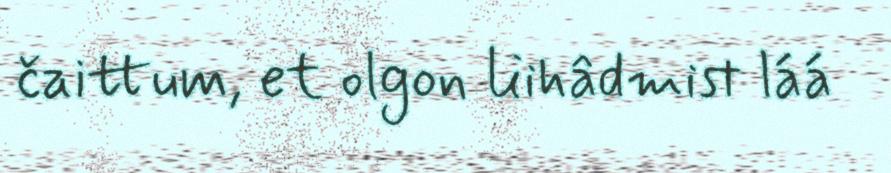
čaittum, et olgon liihâdmist láá